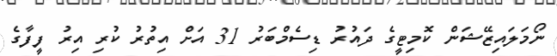
ނޯމަލައިޒޭޝަން ކޮމިޓީގެ ދައުރު ޑިސެމްބަރު 31 އަށް އިތުރު ކުރި އިރު ފީފާގެ